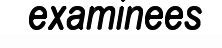
examinees